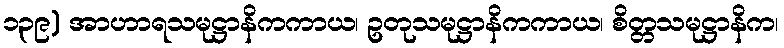
၁၃၉) အာဟာရသမုဋ္ဌာနိကကာယ၊ ဥတုသမုဋ္ဌာနိကကာယ၊ စိတ္တသမုဋ္ဌာနိက၊